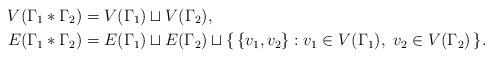
LaTeX: \begin{align*}V(\Gamma_1*\Gamma_2) &=V(\Gamma_1)\sqcup V(\Gamma_2),\\E(\Gamma_1*\Gamma_2) &=E(\Gamma_1)\sqcup E(\Gamma_2)\sqcup\{\,\{v_1,v_2\}: v_1\in V(\Gamma_1),~v_2\in V(\Gamma_2)\,\}.\end{align*}